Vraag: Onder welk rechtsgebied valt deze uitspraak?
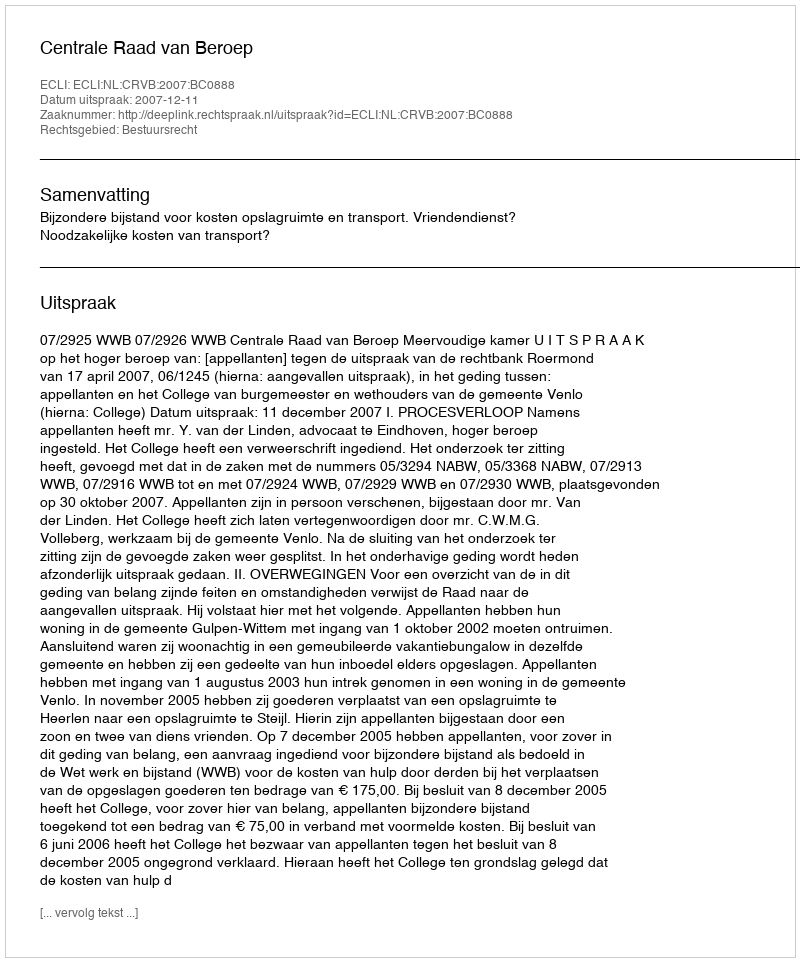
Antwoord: Bestuursrecht